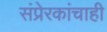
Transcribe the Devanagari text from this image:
संप्रेरकांचाही